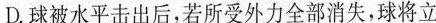
D.球被水平击出后，若所受外力全部消失，球将立